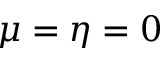
\mu = \eta = 0